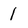
Character: 1